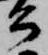
公